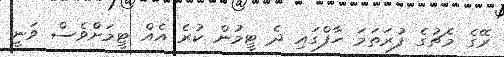
ރޭގެ މެޗުގެ ފުރަތަމަ ހާފްގައި ދެ ޓީމުން ކުރެ އެއް ޓީމަށްވެސް ވަނީ